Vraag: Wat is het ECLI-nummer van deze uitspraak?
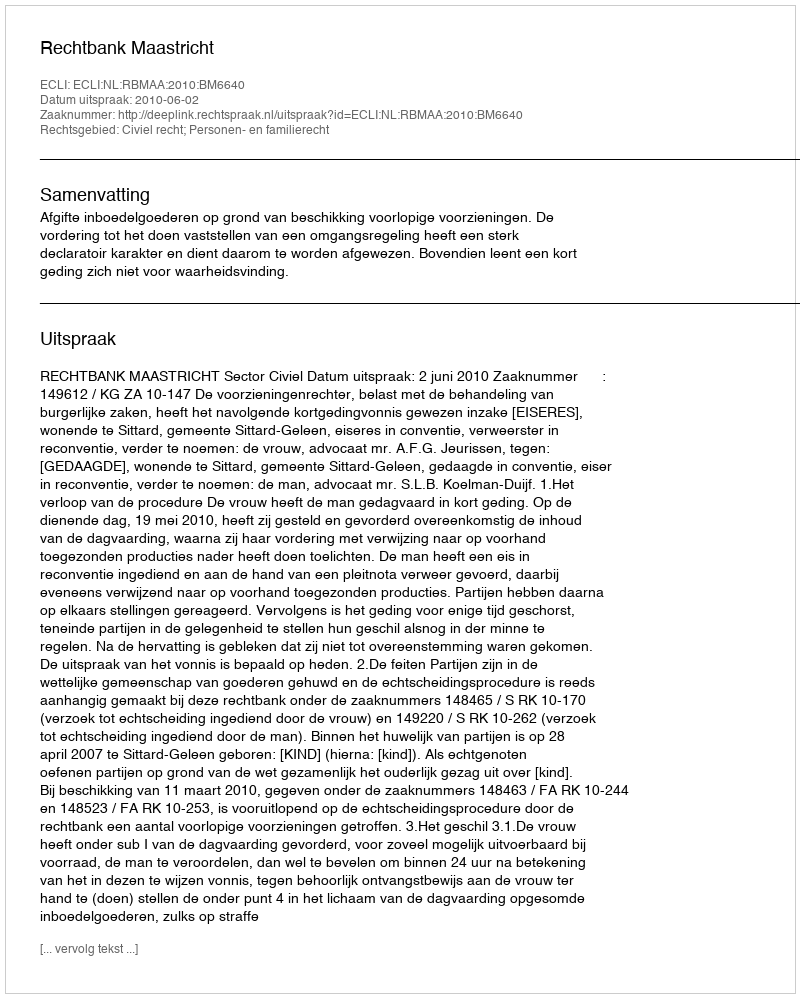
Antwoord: ECLI:NL:RBMAA:2010:BM6640